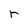
Character: r